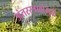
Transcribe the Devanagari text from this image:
अंतरस्त्रावांमुळे